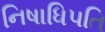
નિષાધિપતિ